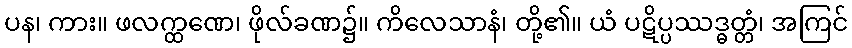
ပန၊ ကား။ ဖလက္ထဏေ၊ ဖိုလ်ခဏ၌။ ကိလေသာနံ၊ တို့၏။ ယံ ပဋိပ္ပဿဒ္ဓတ္တံ၊ အကြင်